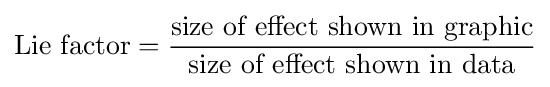
{\text{Lie factor}}={\frac {\text{size of effect shown in graphic}}{\text{size of effect shown in data}}}